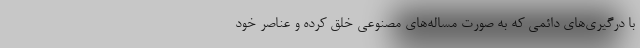
با درگیری‌های دائمی که به صورت مساله‌های مصنوعی خلق کرده و عناصر خود